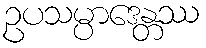
ဥပသမ္ပာဒေန္တဿ